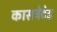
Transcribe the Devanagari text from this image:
कासट्रेटेड